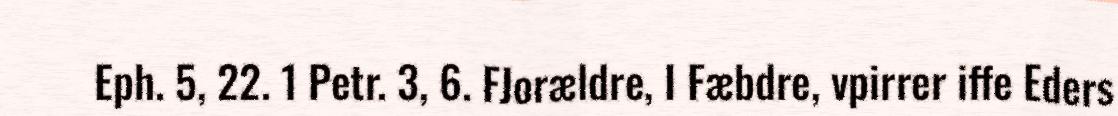
Eph. 5, 22. 1 Petr. 3, 6. FJorældre, I Fæbdre, vpirrer iffe Eders